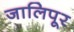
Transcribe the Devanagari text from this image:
जालिपूर